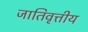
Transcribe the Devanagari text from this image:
जातिवृत्तीय